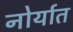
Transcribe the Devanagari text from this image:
नोर्यात